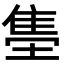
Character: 𬯫